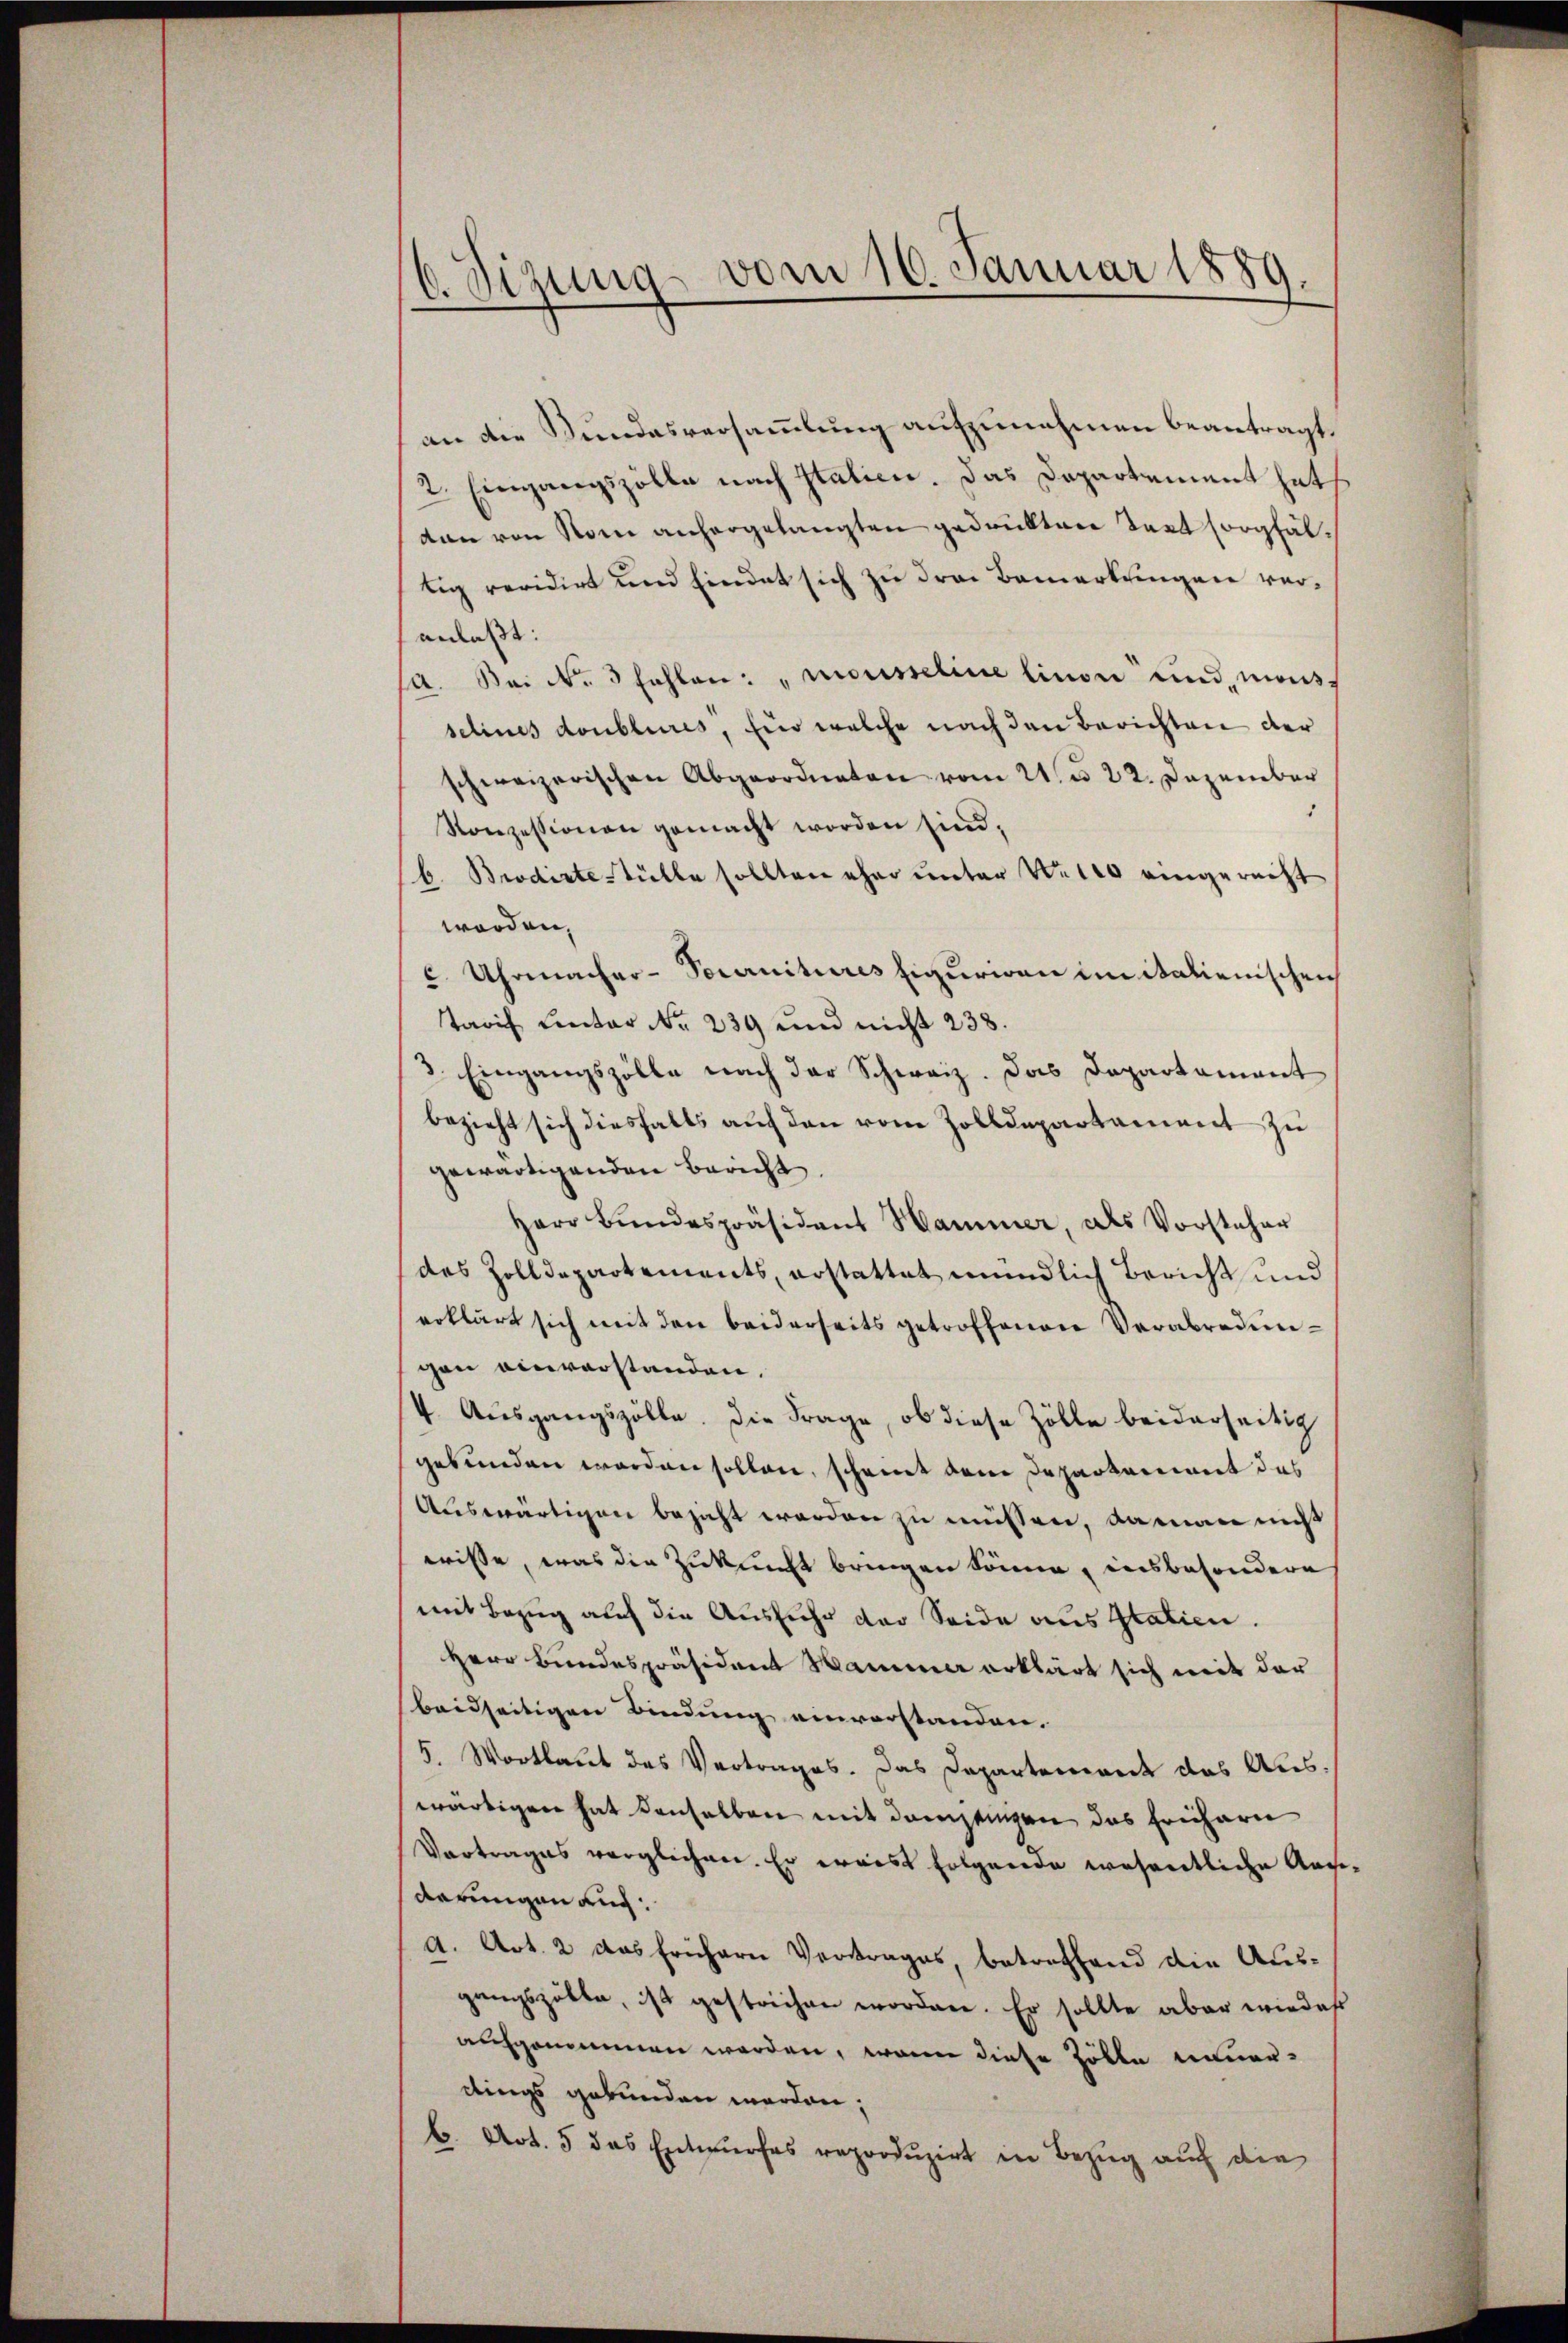
b. Sizung vom 16. Januar 1889.

an die Bundesversammlung aufzunehmen beantragt.
2. Eingangszolle nach Italien. Das Dapartement hat
dan von Rom anhergelangten gedankten tart sorgfältig revidirt und Eindet sich zu drei Bemerkungen veranlaßt:
ja. Fr. No. 3 fahlen: „mousseline linon und mons
selines doublures, für welche nach den Berichten der
schweizerischen Abgeordneten vom 21. d. 22. Dezember
Konzessionen gemacht worden sind,
b. Brodiste-Tülle sollten eher unter Welt eingerecht
worden,
5 Uhrmacher-Socrnitures Eiguriren im italienischen
Tarif unter Nr. 239 und nicht 238.
3. Eingangszölle nach der Schweiz. Das Departament
bezieht sich diesfalls auf den vom Zolldepartament zu
gewärtigenden Bericht.
Herr Bundespräsident Hammer, als Vorsteher
des Zolldepartements, erstattet mündlich Bericht und
erklärt sich mit den beiderseits getroffenen Verabredungen einverstanden.
(4. Ausgangszölle. Die Frage, ob diese Zölle beiderseitig
gebunden worden sollen, scheint dem Departariert das
Auswärtigen besicht werden zu müssen, damann nicht
wisse, was die Zukunft bringen könne, insbesondere
mit Bezug auch die Ausfuhr der Seide aus Statien.
Herr Bundespräsident Hammer erklärt sich mit der
beidseitigen Bindung einverstanden.
5. Wortlaut des Vertrages. Das Departeniret das Auswärtigen hat denselben mit demjenigen das frühern
Vortrages verglichen. Er wais folgende wesentliche Ansederungen auch
G. Art. 2 das frühern Vertrages, betreffend die Ausgangszölle, ist gestrichen worden. Er sollte aber wieder
abgenommen werden, wenn diese Zölle neuerdings gebunden werden,
C. Art. 5 das Entwurfes reproduzirt in Bezug auch die